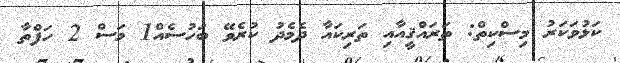
ކަޅުވަކަރު މިސްކިތް: ތަރައްޤީއާއި ތަރިކައާ ދެމެދު ކުރެވޭ ބަހުސެއް1 މަސް 2 ހަފްތާ